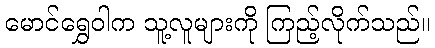
မောင်ရွှေဝါက သူ့လူများကို ကြည့်လိုက်သည်။